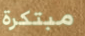
مبتكرة